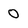
Character: 0